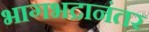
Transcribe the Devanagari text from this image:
भागभद्रानंतर